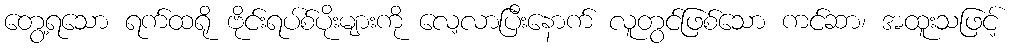
တွေ့ရသော ရက်ထရို ဗိုင်းရပ်စ်ပိုးများကို လေ့လာပြီးနောက် လူတွင်ဖြစ်သော ကင်ဆာ၊ အထူးသဖြင့်